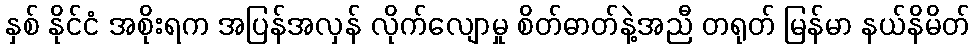
နှစ် နိုင်ငံ အစိုးရက အပြန်အလှန် လိုက်လျောမှု စိတ်ဓာတ်နဲ့အညီ တရုတ် မြန်မာ နယ်နိမိတ်